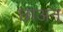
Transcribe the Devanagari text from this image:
छाअन